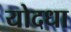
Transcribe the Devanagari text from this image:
योदधा